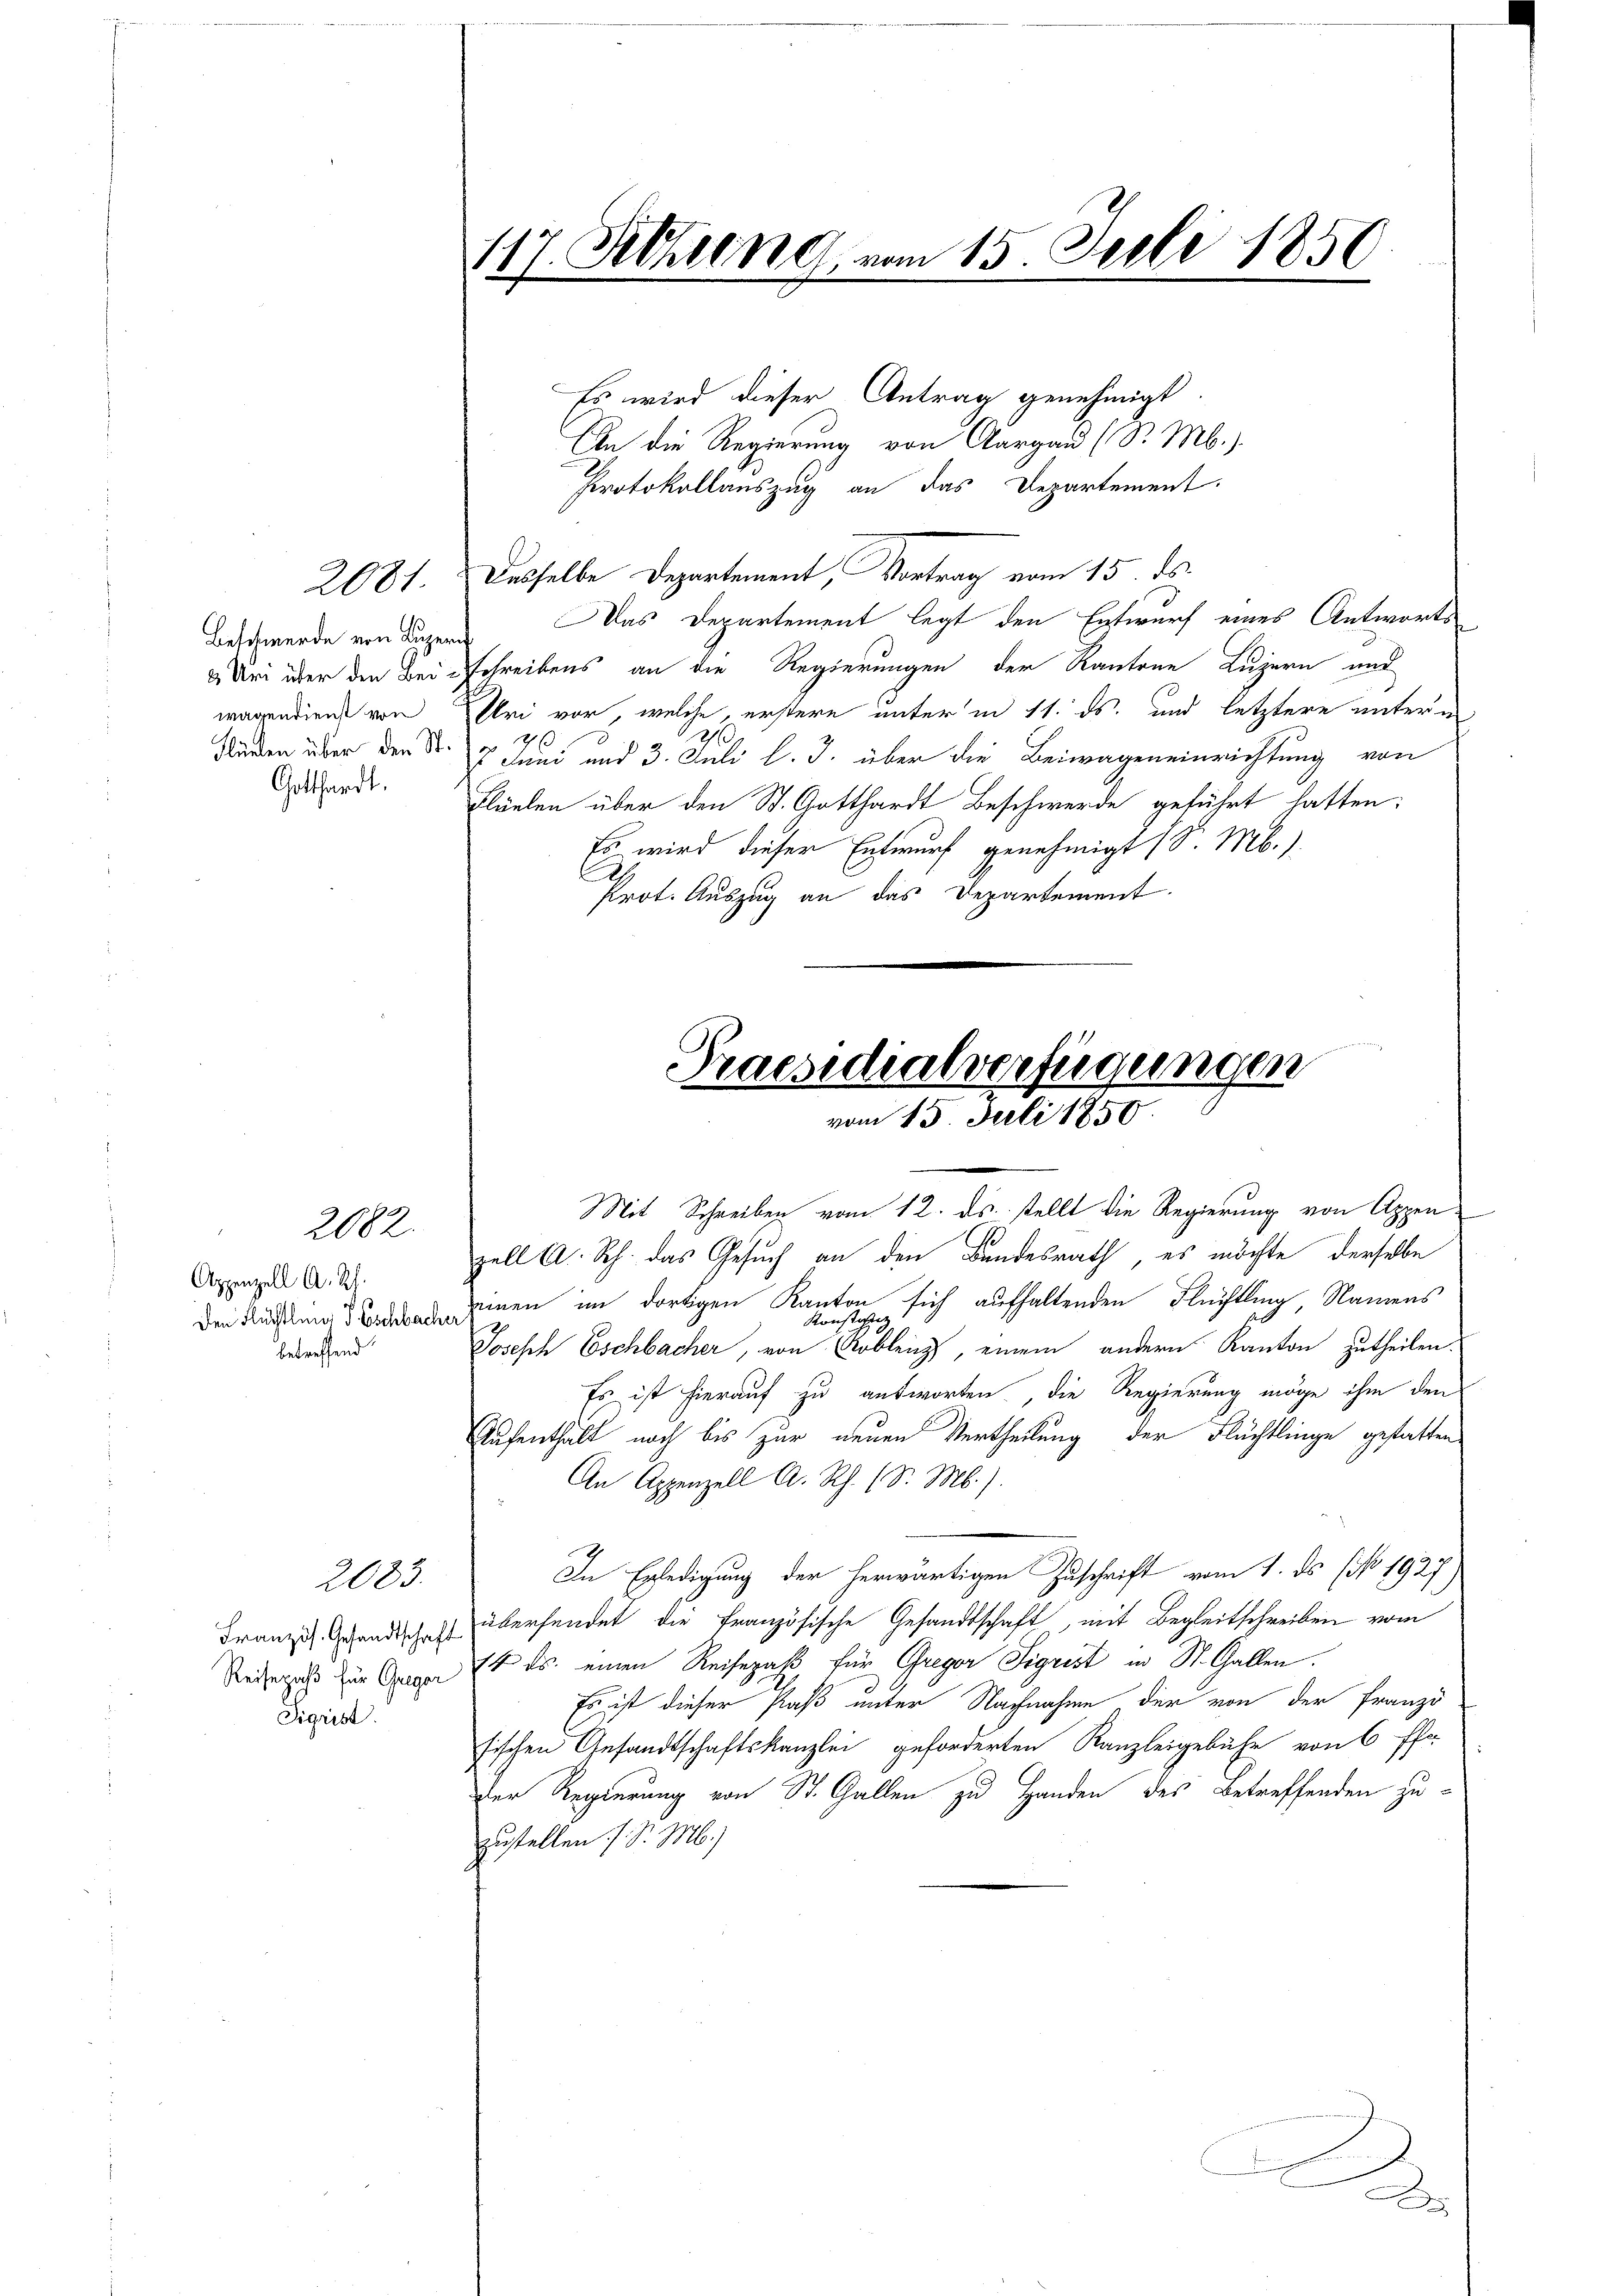
wagendienst von
Gotthardt.

2081.

2082.

Appenzell A. Rh.
Den Flüchtling d Eschbach
betreffend

Sigrist.

2083

117. Setzung vom 15. Juli 1850

An die Regierung von Aargau (S. Mb.).
Protokollauszug an das Departement.
Desselbe Departement, Vortrag vom 15. ds.
Beschwerde von Luzern Was Departement legt den Entwurf eines Antworts
Uri über den Bei schreibens an die Regierungen der Kantone Luzern und
Uri vor, welche, erstere unter in 11. ds. und letztere unterm
2
.
70
siden über den S. 7 Juni und 3. Juli l. J. über die Beiwageneinrichtung von
Flüelen über den St. Gotthardt Beschwerde geführt hatten:
Es wird dieser Entwurf genehmigt (S. Mb.)
Prot. Auszug an das Departement.

Es wird dieser Antrag genehmigt

Präsidialverfügungen
vom 15. Juli 1850

Mit Schreiben vom 12. ds. stellt die Regierung von Appen
zell A. Rh. das Gesuch an den Bundesrath, es möchte derselbe
einen im dortigen Kanton sich aufhaltenden Flüchtling, Namens
Joseph Eschbacher, von obling, einem andern Kanton Zutheilen.
Es ist hierauf zu antworten, die Regierung möge ihm den
Aufenthalt noch bis zur neuen Vertheilung der Flüchtlinge gestatten
An Appenzell A. Rh. (S. M.).
In Erledigung der herwärtigen Zuschrift vom 1. ds (No. 1927)
Franz. Grandisches übersendet die französische Gesandtschaft mit Begleitschreiben vom
Reise als zur Anna ist es einen Reisepaß für Greger Sigrist in St. Gallen.
Es ist dieser Paß unter Nachnahme der von der Franzö
sischen Ansandtschaftskanzlei geforderten Kanzleigebühr von 6 Pfr
Der Regierung von St. Gallen zu Handen des Betreffenden zuzustellen. J. S. M.)

x